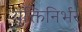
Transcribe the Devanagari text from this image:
युक्तिनिर्भर